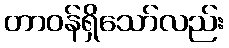
တာဝန်ရှိသော်လည်း